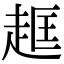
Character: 𧻔